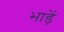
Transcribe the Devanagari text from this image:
भाड़ें